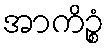
အာကိဉ္စံ